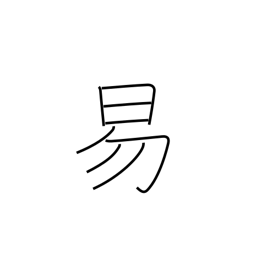
Meaning: easy